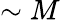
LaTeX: \sim M